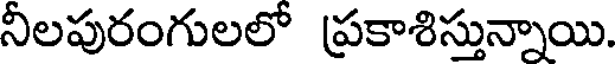
నీలపురంగులలో ప్రకాశిస్తున్నాయి.